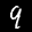
Label: 9